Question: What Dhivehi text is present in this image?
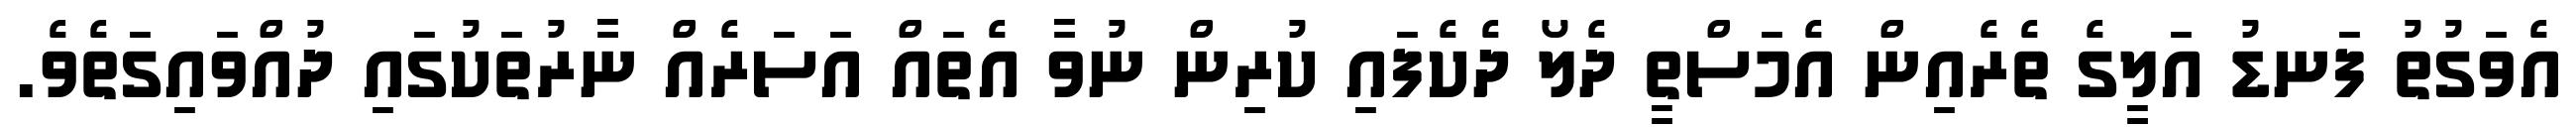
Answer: އެވަގުތު ފަނޑު އަލީގެ ތެރެއިން އެމަސްތީ ދެލޯ ދެކެފައި ކުރިން ނުވާ އެތައް އަސަރެއް ނާރުތަކުގައި ދުއްވައިގަތެވެ.